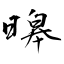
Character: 暤